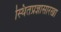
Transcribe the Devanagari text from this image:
स्थितप्रज्ञासारखा